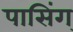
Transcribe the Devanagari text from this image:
पासिंग्